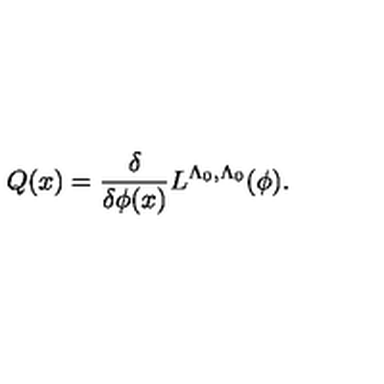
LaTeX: Q ( x ) = \frac { \delta } { \delta \phi ( x ) } L ^ { \Lambda _ { 0 } , \Lambda _ { 0 } } ( \phi ) .